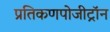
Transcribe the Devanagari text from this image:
प्रतिकणपोजीट्रॉन